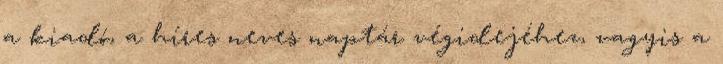
a kiadó, a híres neves naptár végidejéhez, vagyis a